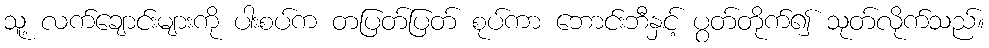
သူ့ လက်ချောင်းများကို ပါးစပ်က တပြတ်ပြတ် စုပ်ကာ ဘောင်းဘီနှင့် ပွတ်တိုက်၍ သုတ်လိုက်သည်။